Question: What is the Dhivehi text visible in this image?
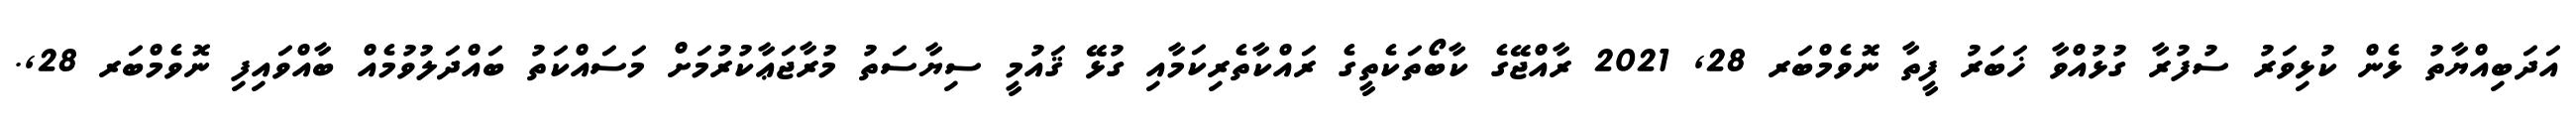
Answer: އަދަބިއްޔާތު ޅެން ކުޅިވަރު ސުފުރާ ގުޅުއްވާ ޚަބަރު ފީތާ ނޮވެމްބަރ 28, 2021 ރާއްޖޭގެ ކާބޯތަކެތީގެ ރައްކާތެރިކަމާއި ގުޅޭ ޤައުމީ ސިޔާސަތު މުރާޖަޢާކުރުމަށް މަސައްކަތު ބައްދަލުވުމެއް ބާއްވައިފި ނޮވެމްބަރ 28,.